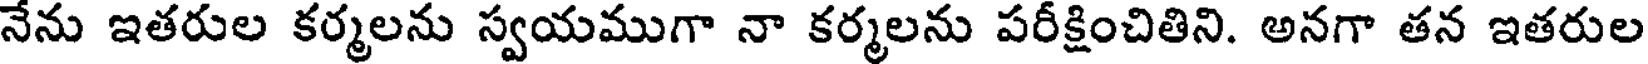
నేను ఇతరుల కర్మలను స్వయముగా నా కర్మలను పరీక్షించితిని. అనగా తన ఇతరుల